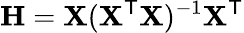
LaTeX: \mathbf{H}=\mathbf{X}(\mathbf{X}^{\mathsf{T}}\mathbf{X})^{-1}\mathbf{X}^{\mathsf{T}}